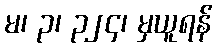
မ၊ ၃၊ ၃၂၄၊ မှယူရန်